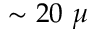
\sim 2 0 ~ \mu